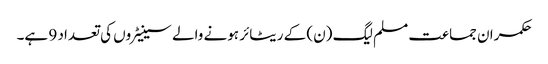
حکمران جماعت مسلم لیگ (ن) کے ریٹائر ہونے والے سینیٹروں کی تعداد 9 ہے۔